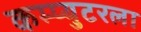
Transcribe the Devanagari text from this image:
कम्प्युटरला